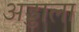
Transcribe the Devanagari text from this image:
अड्डाला